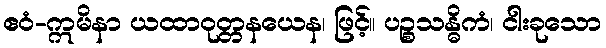
ဧဝံ-ဣမိနာ ယထာဝုတ္တနယေန၊ ဖြင့်။ ပဉ္စသန္ဓိကံ၊ ငါးခုသော